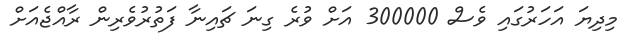
މިދިޔަ އަހަރުގައި ވެސް 300000 އަށް ވުރެ ގިނަ ޗައިނާ ފަތުރުވެރިން ރާއްޖެއަށް